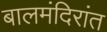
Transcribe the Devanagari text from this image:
बालमंदिरांत